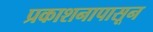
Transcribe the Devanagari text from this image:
प्रकाशनापासून